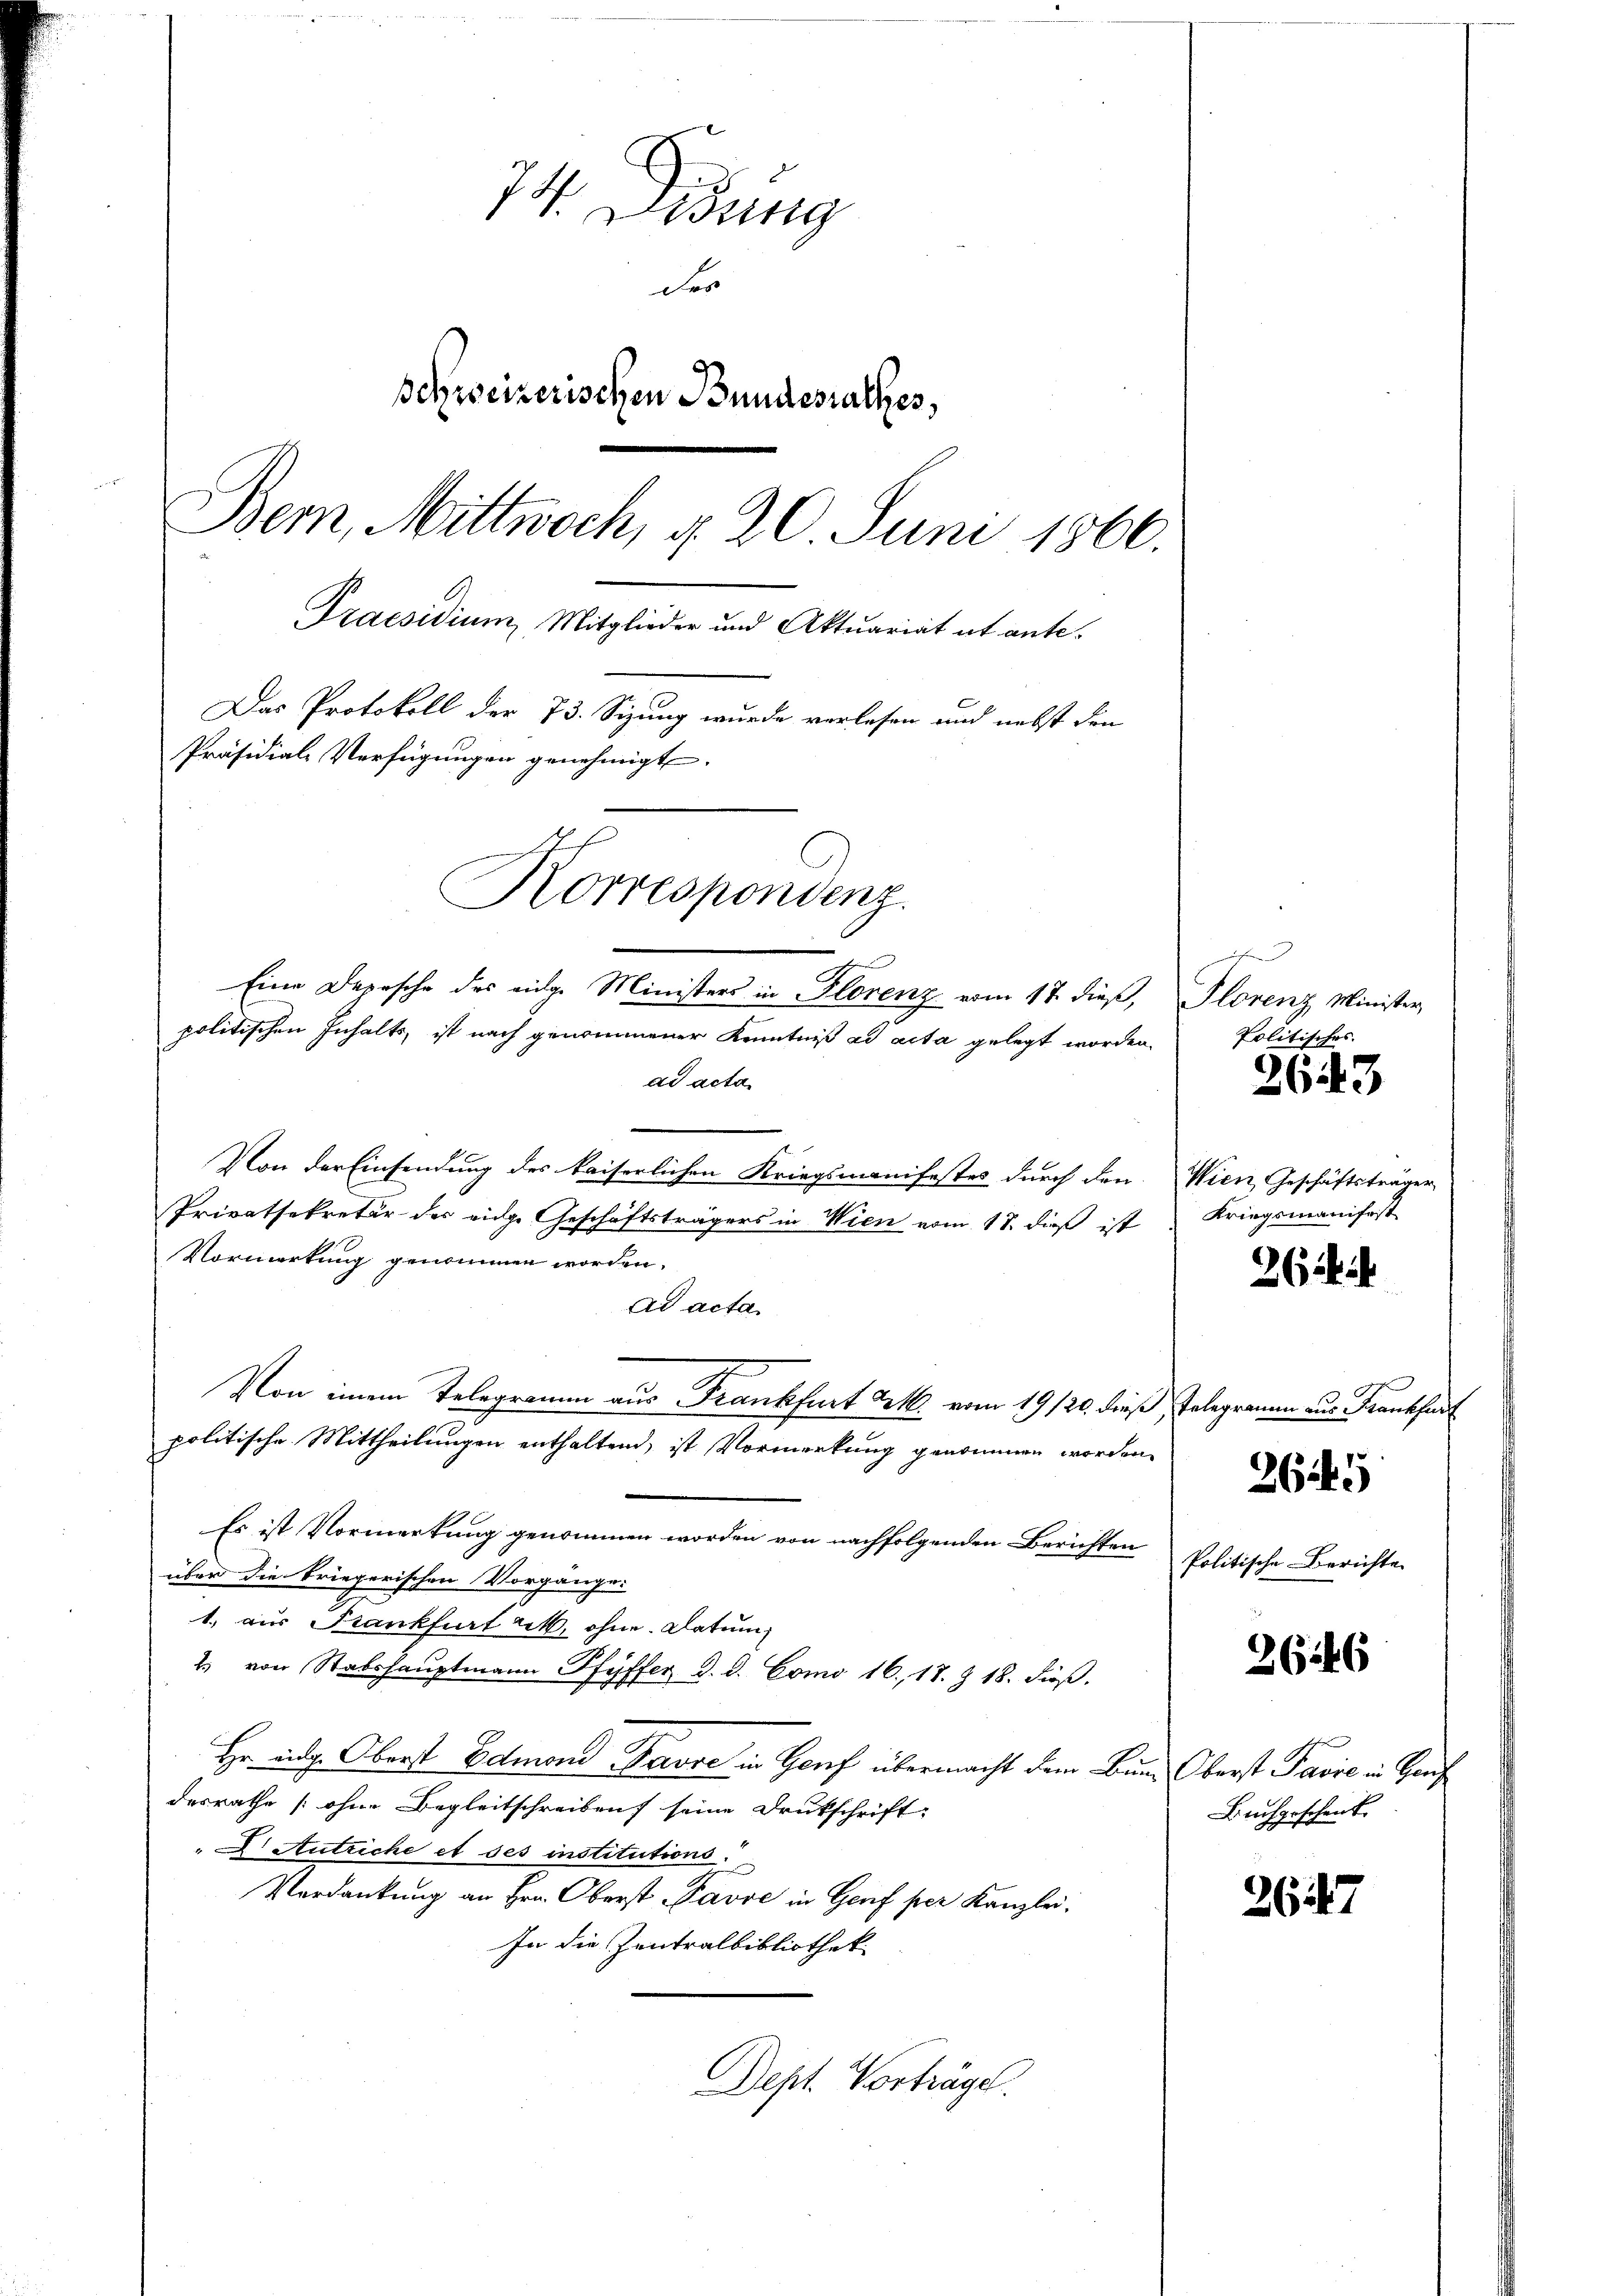
74. Didung
der
schweizerischen Bundesrathes,
Bern, Mittwoch, d. 20. Juni 1866.
Praesidium, Mitglieder und Aktuariat et ante-
Das Protokoll der 73. Sizung wurde verlesen und nebst den
Präsidial-Verfügungen genehmigt.
Korrespondenz.
Eine Depesche des eidge Ministers in Florenz vom 17. dieß, Florenz Minister
politischen Inhalts ist nach genommener Kenntniß ad acta gelegt worden.

ad acta
Von der Einsendung des kaiserlichen Kriegsmanifestes durch den Wien, Geschäftsträger
Privatsekretär der eidge Geschäftsträgers in Wien vom 18. dieß ist
Vormerkung genommen worden.
ad acta
Von einem Telegramm aus Frankfurt M. vom 19/20. dieß Telegrammen aus Frankfurt
politische Mittheilungen enthaltend, ist Vormerkung genommen worden
Es ist Vormerkung genommen worden von nachfolgenden Berichten
über die kriegerischen Vorgänge.
1.) aus Frankfurt u. ohne Datum,
2. von Stabshauptmann Pfyffer d. d. Como 16. 17. & 18. dieβ.
Hr. abg. Oberst Edmond Favre in Genf übermacht dem Bund Oberst Pasie in Graf
desrathe [ohne Begleitschreiben seine Drukschrift:
 Autriche et des institutions.
Verdankung an Hrn. Oberst Favre in Genf per Kanzlei.
In die Zentralbibliothek
Dept. Vorträge.

i
Politisches.

2643

Kriegsmanifest

262 i

2645

Politische Berichte

3646

Buchgeschenk

2647